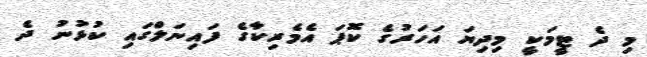
މި ދެ ޓީމަކީ މިދިޔަ އަހަރުގެ ކޮޕަ އެމެރިކާގެ ފައިނަލްގައި ކުޅުނު ދެ